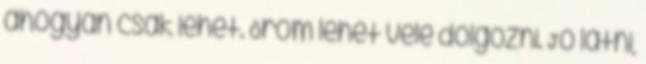
ahogyan csak lehet. Öröm lehet vele dolgozni. Jó látni,